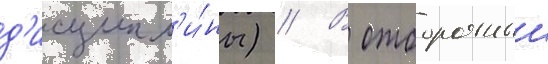
д'исципл'и́ны) // В отборочныи